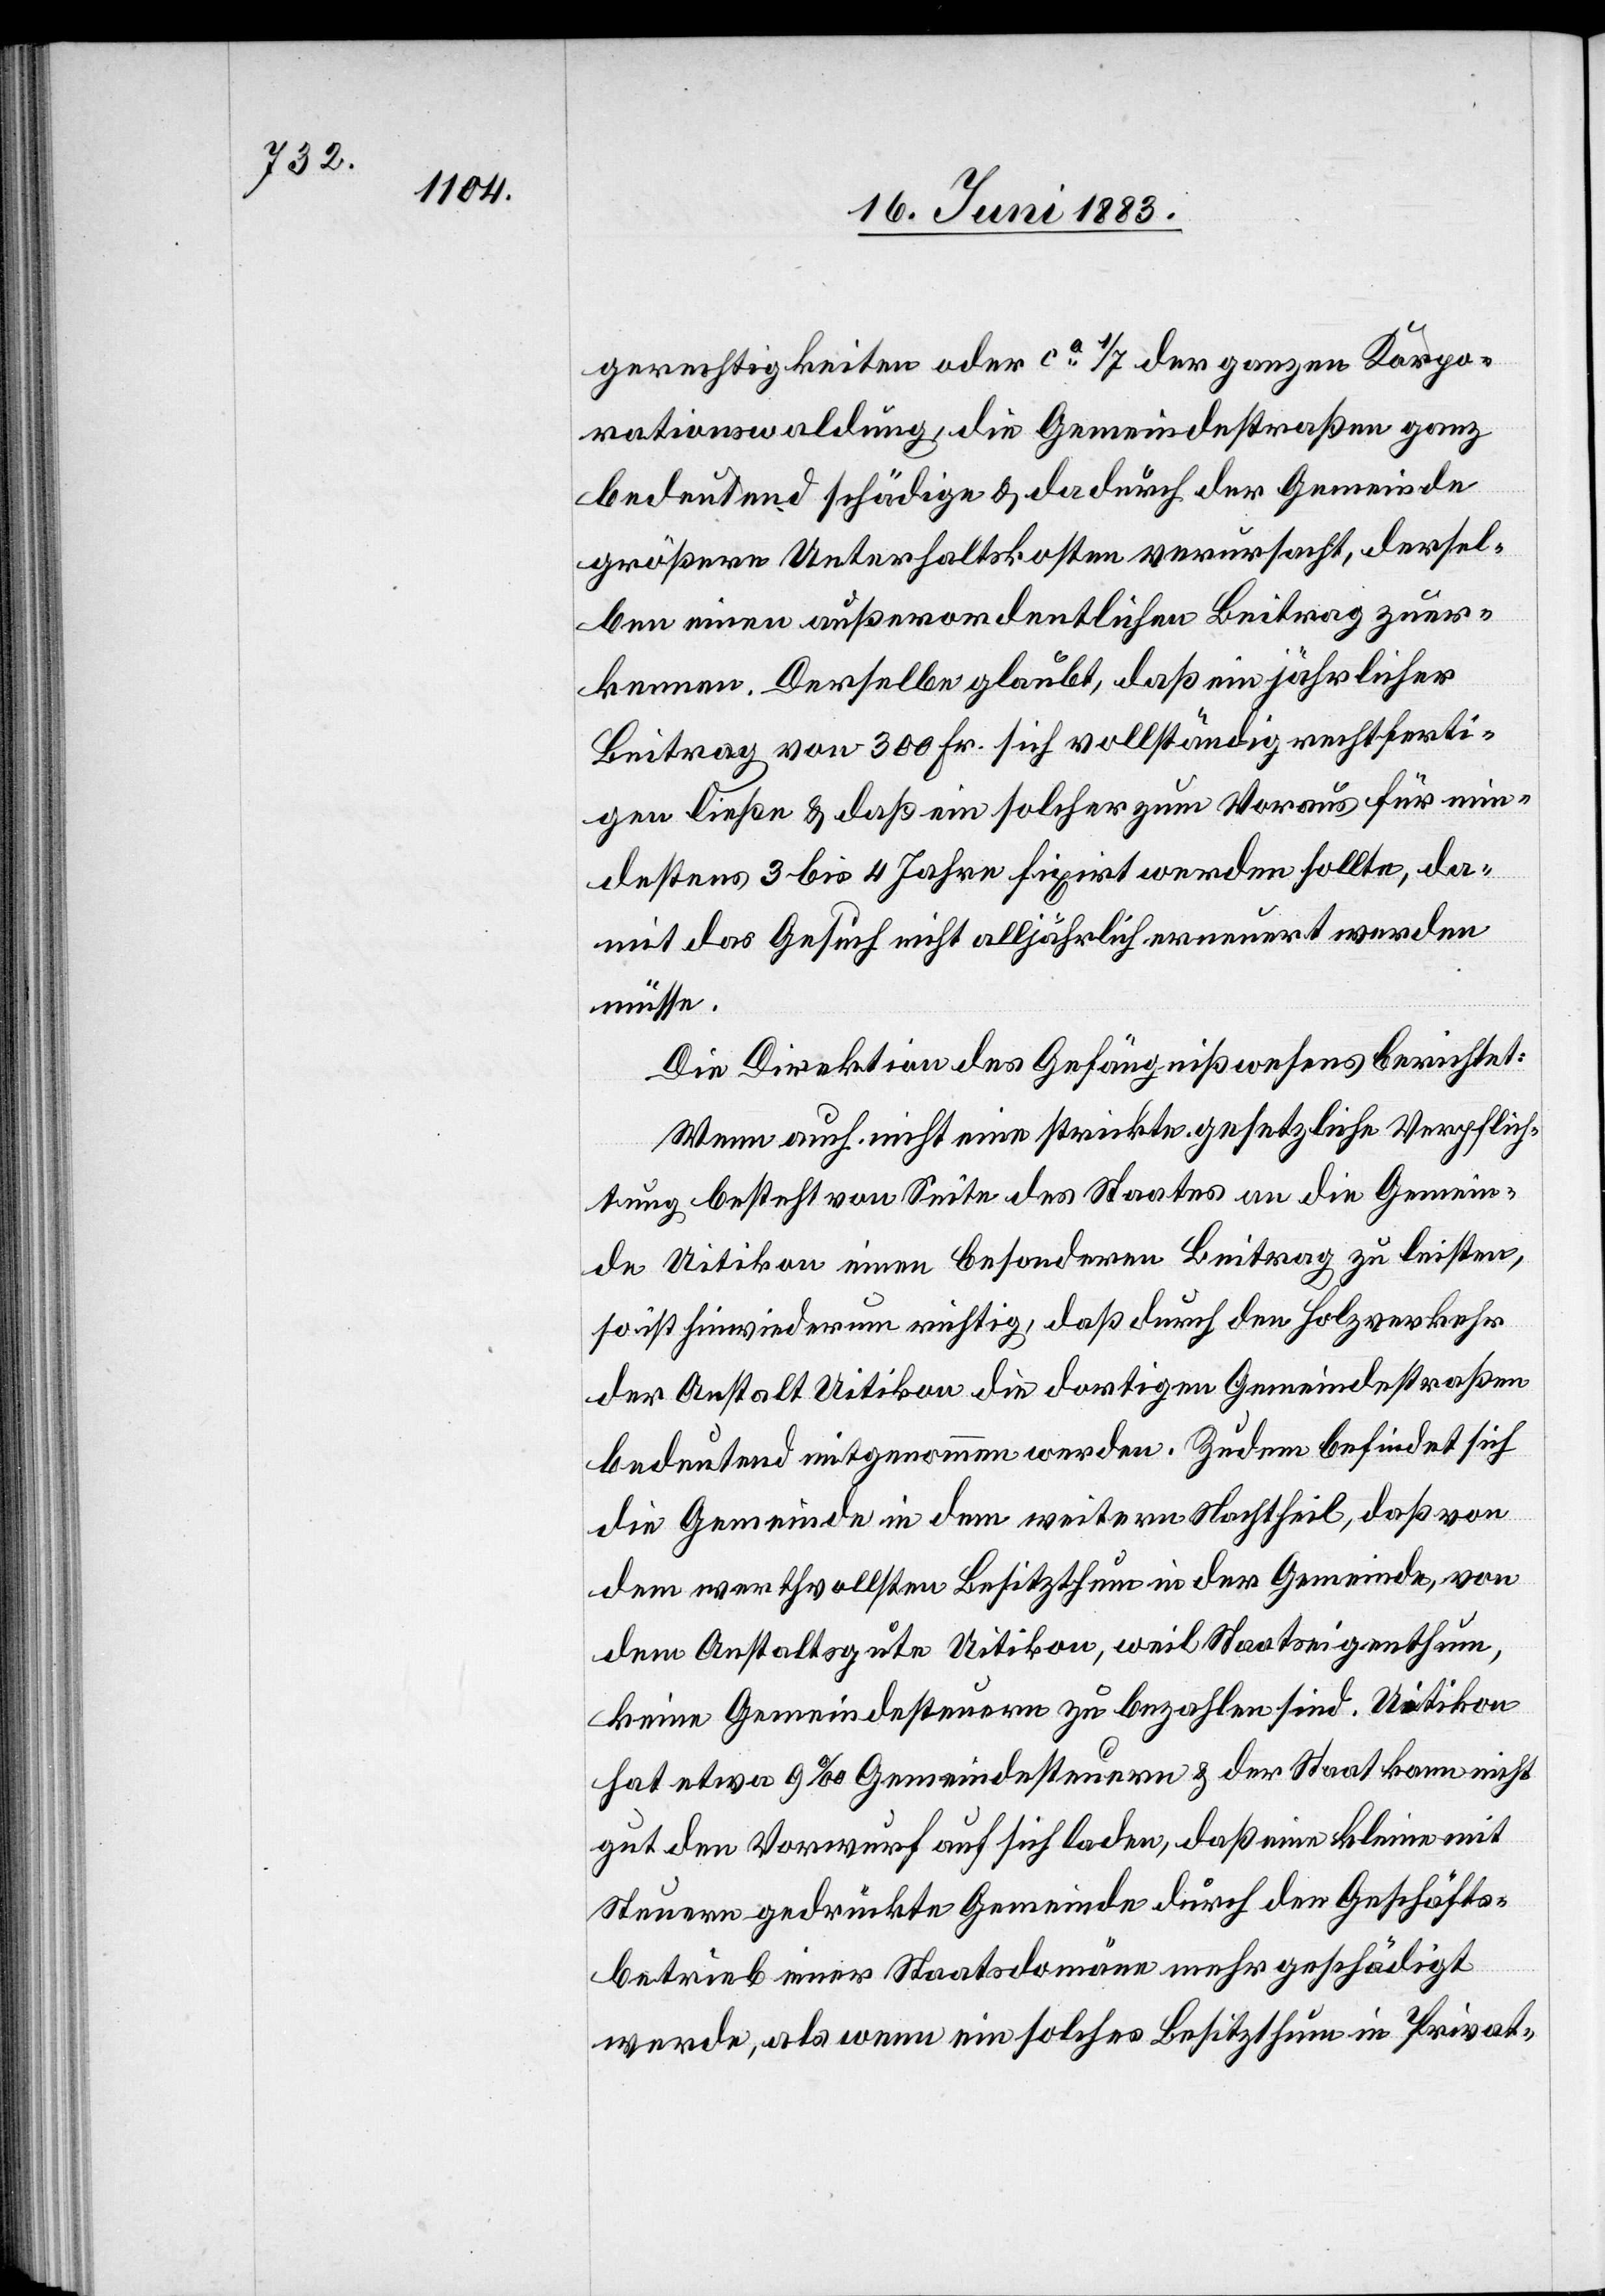
gerechtigkeiten oder ca 1/7 der ganzen Korpo¬
rationswaldung, die Gemeindestraßen ganz
bedeutend schädige & dadurch der Gemeinde
größere Unterhaltskosten verursacht, dersel¬
ben einen außerordentlichen Beitrag zuer¬
kennen. Derselbe glaubt, daß ein jährlicher
Beitrag von 300 Fr. sich vollständig rechtferti¬
gen ließe & daß ein solcher zum Voraus für min¬
destens 3 bis 4 Jahre fixirt werden sollte, da¬
mit das Gesuch nicht alljährlich erneuert werden
müsse.
Die Direktion des Gefängnißwesens berichtet:
Wenn auch nicht eine strikte gesetzliche Verpflich¬
tung besteht von Seite des Staates an die Gemein¬
de Uitikon einen besondern Beitrag zu leisten,
so ist hiewiederum richtig, daß durch den Holzverkehr
der Anstalt Uitikon die dortigen Gemeindestraßen
bedeutend mitgenommen werden. Zudem befindet sich
die Gemeinde in dem weitern Nachtheil, daß von
dem werthvollsten Besitzthum in der Gemeinde, von
dem Anstaltsgute Uitikon, weil Staatseigenthum,
keine Gemeindesteuern zu bezahlen sind. Uitikon
hat etwa 9‰ Gemeindesteuern & der Staat kann nicht
gut den Vorwurf auf sich laden, daß eine kleine mit
Steuern gedrückte Gemeinde durch den Geschäfts¬
betrieb einer Staatsdomäne mehr geschädigt
werde, als wenn ein solches Besitzthum in Privat-